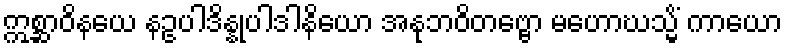
ဣစ္ဆာဝိနယေ နဥပါဒိန္နုပါဒါနိယော အနုဘဝိတဗ္ဗော မဟောဃသ္မိံ ကာယော